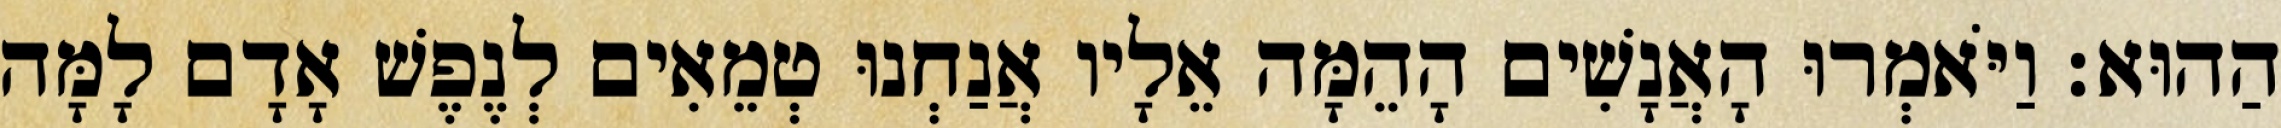
הַהוּא׃ וַיֹּאמְרוּ הָאֲנָשִׁים הָהֵמָּה אֵלָיו אֲנַחְנוּ טְמֵאִים לְנֶפֶשׁ אָדָם לָמָּה